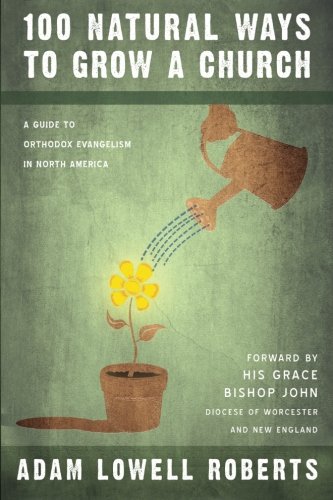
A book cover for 100 Natural Ways To Grow A Church: A Guide For Orthodox Evangelism In North America; Adam Lowell Roberts; Christian Books & Bibles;